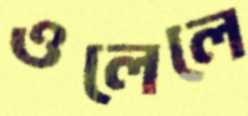
ওলেলে